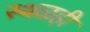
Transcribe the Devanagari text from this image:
स्थळही